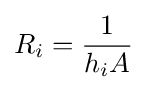
R_{i}={\frac {1}{h_{i}A}}